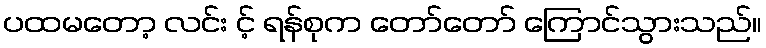
ပထမတော့ လင်း င့် ရန်စုက တော်တော် ကြောင်သွားသည်။